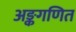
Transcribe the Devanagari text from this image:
अङ्कगणित